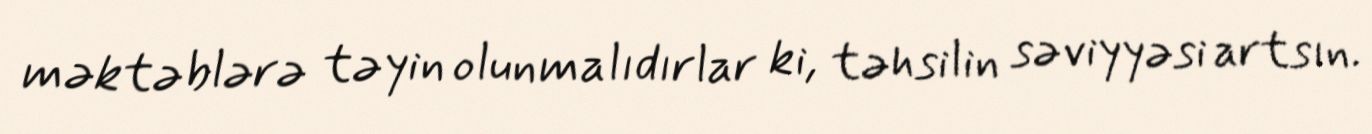
məktəblərə təyin olunmalıdırlar ki, təhsilin səviyyəsi artsın.